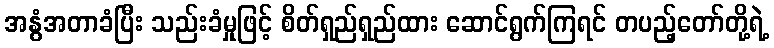
အနွံအတာခံပြီး သည်းခံမှုဖြင့် စိတ်ရှည်ရှည်ထား ဆောင်ရွက်ကြရင် တပည့်တော်တို့ရဲ့